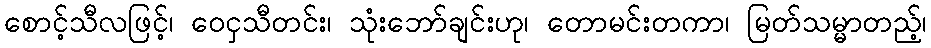
စောင့်သီလဖြင့်၊ ဝေငှသီတင်း၊ သုံးဘော်ချင်းဟု၊ တောမင်းတကာ၊ မြတ်သမ္မာတည့်၊